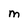
Character: M